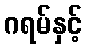
ဂရမ်နှင့်